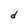
Character: d